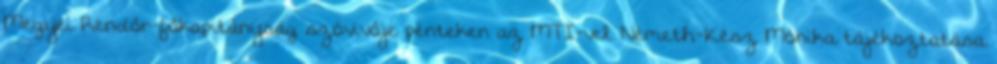
Megyei Rendőr-főkapitányság szóvivője pénteken az MTI-vel. Németh-Kész Mónika tájékoztatása